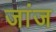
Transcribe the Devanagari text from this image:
जांज